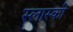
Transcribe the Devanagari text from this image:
स्लास्की